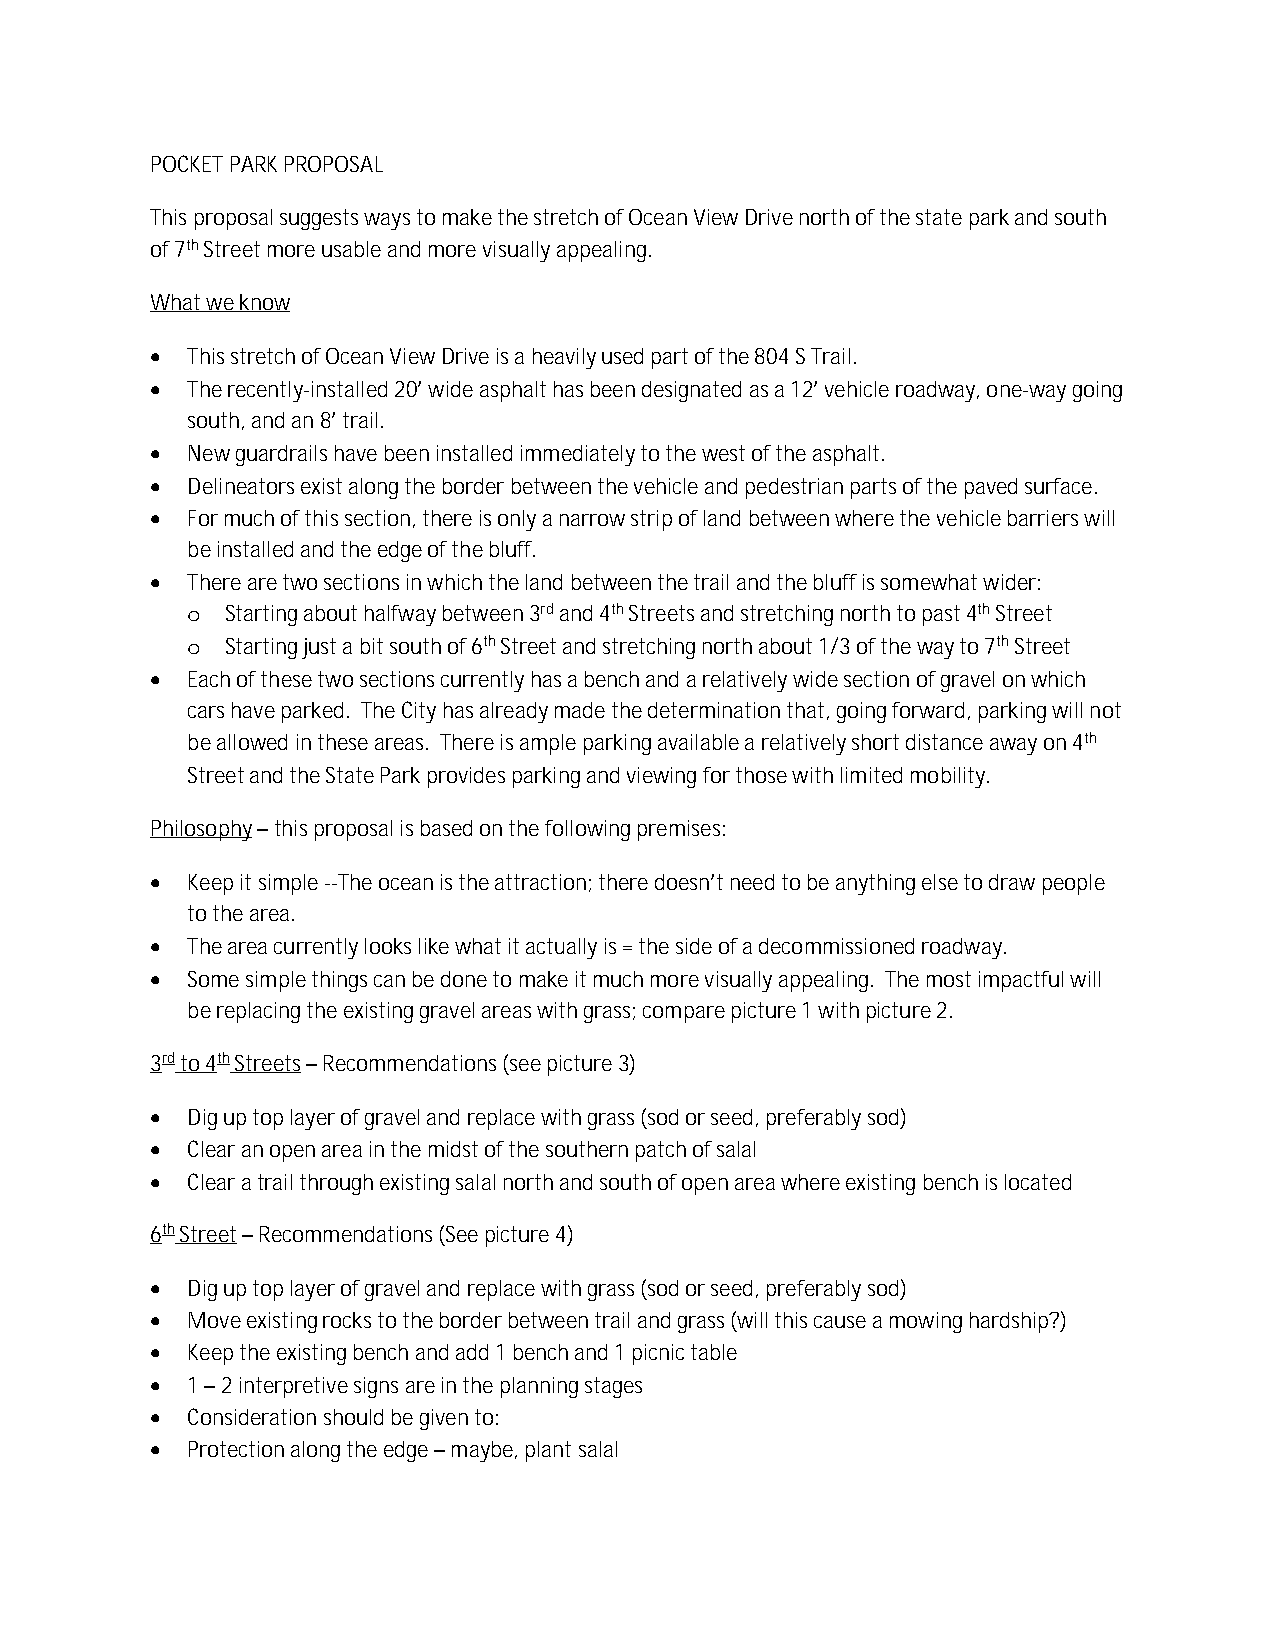
POCKET PARK PROPOSAL
 This proposal suggests ways to make the stretch of Ocean View Drive north of the state park and south
 of 7th Street more usable and more visually appealing.
 What we know
  This stretch of Ocean View Drive is a heavily used part of the 804 S Trail.
  The recently-installed 20’ wide asphalt has been designated as a 12’ vehicle roadway, one-way going
 south, and an 8’ trail.
  New guardrails have been installed immediately to the west of the asphalt.
  Delineators exist along the border between the vehicle and pedestrian parts of the paved surface.
  For much of this section, there is only a narrow strip of land between where the vehicle barriers will
 be installed and the edge of the bluff.
  There are two sections in which the land between the trail and the bluff is somewhat wider:
 o  Starting about halfway between 3rd and 4th Streets and stretching north to past 4th Street
 o  Starting just a bit south of 6th Street and stretching north about 1/3 of the way to 7th Street
  Each of these two sections currently has a bench and a relatively wide section of gravel on which
 cars have parked. The City has already made the determination that, going forward, parking will not
 be allowed in these areas. There is ample parking available a relatively short distance away on 4th
 Street and the State Park provides parking and viewing for those with limited mobility.
 Philosophy – this proposal is based on the following premises:
  Keep it simple --The ocean is the attraction; there doesn’t need to be anything else to draw people
 to the area.
  The area currently looks like what it actually is = the side of a decommissioned roadway.
  Some simple things can be done to make it much more visually appealing. The most impactful will
 be replacing the existing gravel areas with grass; compare picture 1 with picture 2.
 3rd to 4th Streets – Recommendations (see picture 3)
  Dig up top layer of gravel and replace with grass (sod or seed, preferably sod)
  Clear an open area in the midst of the southern patch of salal
  Clear a trail through existing salal north and south of open area where existing bench is located
 6th Street – Recommendations (See picture 4)
  Dig up top layer of gravel and replace with grass (sod or seed, preferably sod)
  Move existing rocks to the border between trail and grass (will this cause a mowing hardship?)
  Keep the existing bench and add 1 bench and 1 picnic table
  1 – 2 interpretive signs are in the planning stages
  Consideration should be given to:
  Protection along the edge – maybe, plant salal